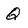
Character: Q